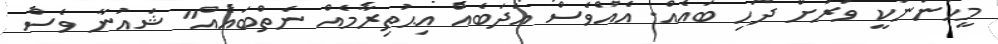
މީހުންނަކީ ވަރަށް ދަހި ބައެއް. އެއްވެސް އަދަބެއް އިޙުތިރާމެއް ނެތްބައެއް" ޝައުނާ ވެސް